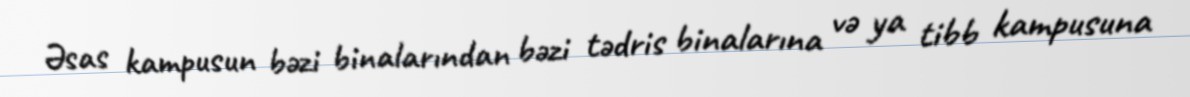
Əsas kampusun bəzi binalarından bəzi tədris binalarına və ya tibb kampusuna